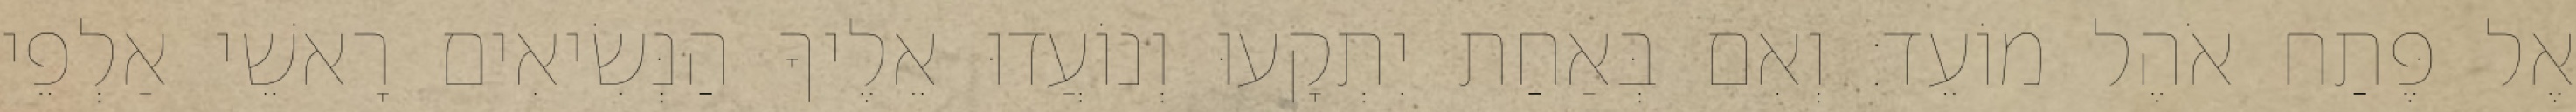
אֶל פֶּתַח אֹהֶל מוֹעֵד׃ וְאִם בְּאַחַת יִתְקָעוּ וְנוֹעֲדוּ אֵלֶיךָ הַנְּשִׂיאִים רָאשֵׁי אַלְפֵי